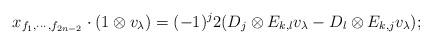
LaTeX: \begin{align*} x_{f_1,\cdots,f_{2n-2}}\cdot (1\otimes v_{\lambda})=(-1)^{j}2(D_j\otimes E_{k,l}v_{\lambda}-D_l\otimes E_{k,j}v_{\lambda});\end{align*}